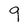
Character: 9